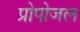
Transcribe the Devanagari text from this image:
प्रोपोजल